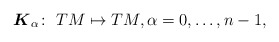
\begin{gather*} \boldsymbol{K}_\alpha\colon \ TM\mapsto TM ,\alpha=0,\ldots , n-1, \end{gather*}